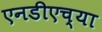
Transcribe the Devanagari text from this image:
एनडीएच्या